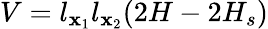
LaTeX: V=l_{\mathbf{x}_{1}}l_{\mathbf{x}_{2}}(2H-2H_{s})